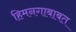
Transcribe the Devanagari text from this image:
हिमनगाबाबत